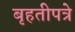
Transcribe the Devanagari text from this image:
बृहतीपत्रे